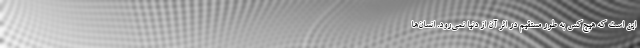
این است که هیچ‌کس به‌ طور مستقیم در اثر آن از دنیا نمی‌رود. انسان‌ها